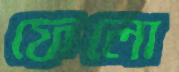
ফেলো